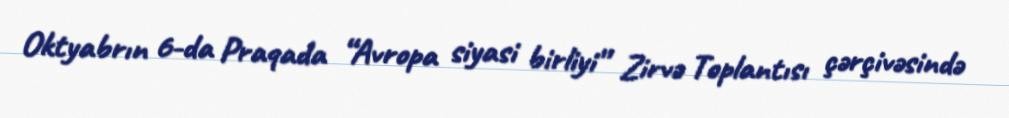
Oktyabrın 6-da Praqada “Avropa siyasi birliyi” Zirvə Toplantısı çərçivəsində